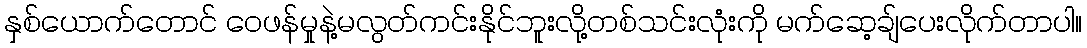
နှစ်ယောက်တောင် ဝေဖန်မှုနဲ့မလွတ်ကင်းနိုင်ဘူးလို့တစ်သင်းလုံးကို မက်ဆေ့ချ်ပေးလိုက်တာပါ။